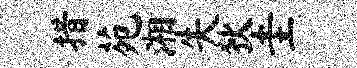
措苑湘失狄圭